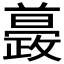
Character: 𣀚